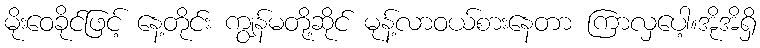
မိုးဝေခိုင်ဖြင့် နေ့တိုင်း ကျွန်မတို့ဆိုင် မုန့်လာဝယ်စားနေတာ ကြာလှပေါ့။အိုအိရှိ